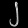
Digit: ၂